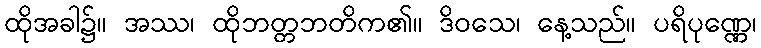
ထိုအခါ၌။ အဿ၊ ထိုဘတ္တဘတိက၏။ ဒိဝသေ၊ နေ့သည်။ ပရိပုဏ္ဏေ၊